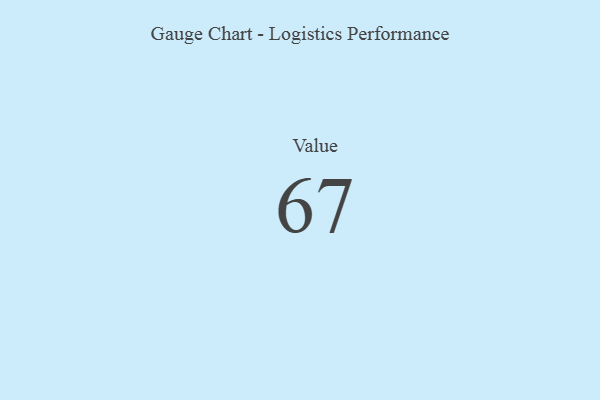
{"axis": {"x": "Metric", "y": "Value"}, "legend": [""], "data": [{"x": "Value", "y": 67, "type": ""}]}